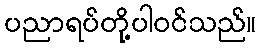
ပညာရပ်တို့ပါဝင်သည်။